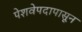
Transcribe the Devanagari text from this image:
पेशवेपदापासून